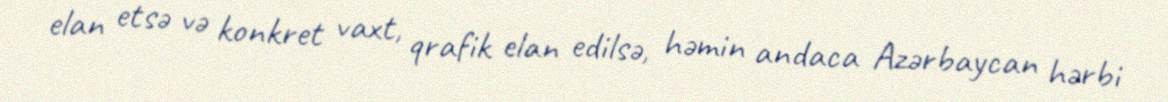
elan etsə və konkret vaxt, qrafik elan edilsə, həmin andaca Azərbaycan hərbi